Report of the King Institute of Preventive Medicine, Guindy
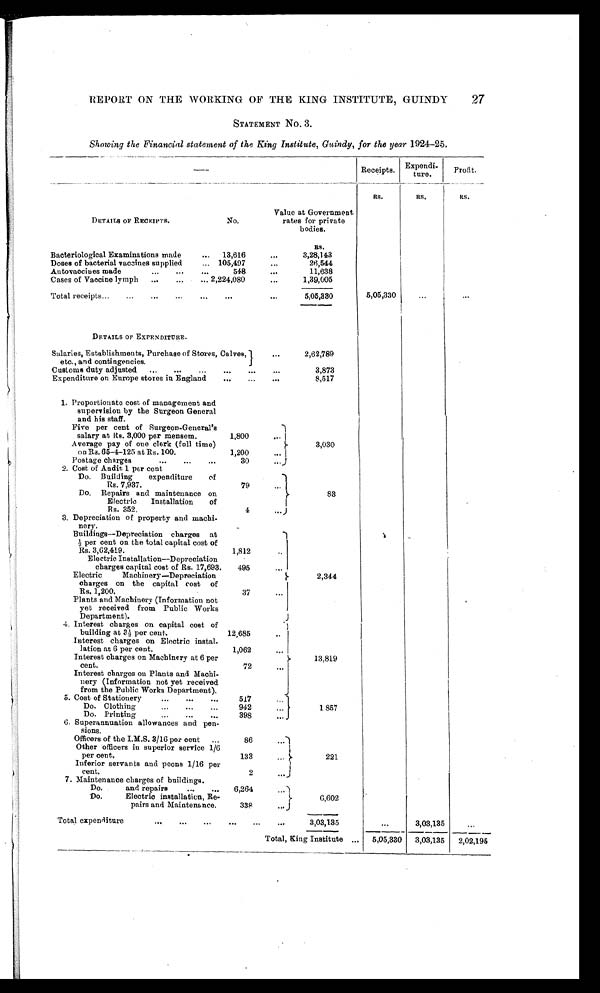
27
REPORT ON THE WORKING OF THE KING INSTITUTE, GUINDY
STATEMENT No.3.
Showing the Financial statement of the King Institute, Guindy, for the year 1924-25.
—
Receipts. Expendi
ture.
Profit.
RS.
RS.
RS.
DETAILS OF RECEIPTS.
No.
Value at Government
rates for private
bodies.
RS.
Bacteriological Examinations made . . . 13,616
3,28,143
Doses of bacterial vaccines supplied . . . 105,497
26,544
Antovaccines made . . .
548
11,638
Cases of Vaccine lymph . . . 2,224,080
1,39,005
Total receipts . . .
. . .
5,05,330
5,05,330
DETAILS OF EXPENDITURE.
Salaries, Establishments, Purchase of Stores, Calves,
etc., and contingencies. . . .
2,62,789
Customs duty adjusted . . .
3,873
Expenditure on Europe stores in England . . .
8,517
1. Proportionate cost of management and
supervision by the Surgeon General
and his staff.
Five per cent of Surgeon-General's
salary at Rs. 3,000 per mensem.
1,800
3,030
Average pay of one clerk (full time)
on Rs. 65-4-125 at Rs. 100.
1,200
Postage charges
. . .
30
2. Cost of Audit 1 percent
Do. Building expenditure of
Rs. 7,937.
79
83
Do. Repairs and maintenance on
Electric Installation of
Rs. 352.
4
3. Depreciation of property and machi-
nery.
2,344
Buildings--Depreciation charges at ½ p e r c e n t o n t h e t o t a l c a p i t a l c o s t o f
Rs. 3,62,419.
1,812
Electric Installation--Depreciation
charges capital cost of Rs. 17,693. 495
Electric Machinery—Depreciation
charges on the capital cost of
Rs. 1,200.
37
Plants and Machinery (Information not
yet received from Public Works
Department).
4. Interest charges on capital cost of
building at 3 ½ per cent.
12,685
13,819
Interest charges on Electric instal-
lation at 6 per cent.
1,062
Interest charges on Machinery at 6 per
cent.
72
Interest charges on Plants and Machi.
nery (Information not yet received
from the Public Works Department).
5. Cost of Stationery . . .
517
1,857
D o C l o t h i n g . . . .
942
Do. Printing . . .
398
6. Superannuation allowances and pen-
sions.
Officers of the I.M.S. 3/16 per cent . . .
86
221
Other officers in superior service 1/6
per cent. . . .
133
Inferior servants and peons 1/16 per
cent.
2
7. Maintenance charges of buildings.
Do. and repairs . . . 6,264
6,602
Do. Electric installation, Re-
pairs and Maintenance.
338
Total expenditure . . .
3,03,13
. . .
3,03,135
. . .
Total, King Institute
. . .
5,05,330 3,03,135 2,02,195